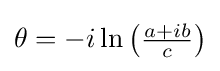
\theta =-i\ln \left({\tfrac {a+ib}{c}}\right)